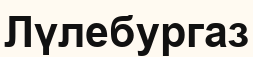
Лүлебургаз